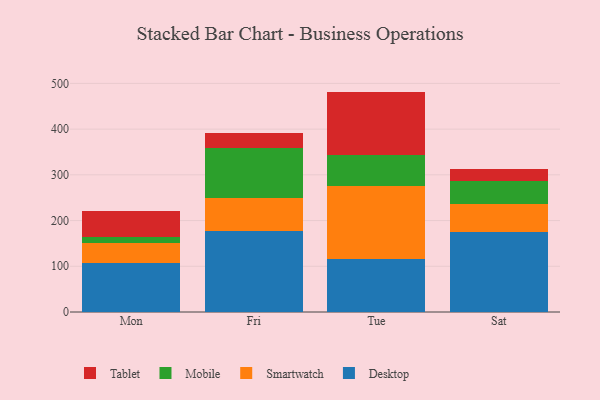
{"axis": {"x": "Day", "y": "Revenue (USD Million)"}, "legend": ["Desktop", "Mobile", "Smartwatch", "Tablet"], "data": [{"x": "Mon", "y": 108.0, "type": "Desktop"}, {"x": "Mon", "y": 43.2, "type": "Smartwatch"}, {"x": "Mon", "y": 13.7, "type": "Mobile"}, {"x": "Mon", "y": 56.8, "type": "Tablet"}, {"x": "Fri", "y": 176.4, "type": "Desktop"}, {"x": "Fri", "y": 72.5, "type": "Smartwatch"}, {"x": "Fri", "y": 109.4, "type": "Mobile"}, {"x": "Fri", "y": 33.5, "type": "Tablet"}, {"x": "Tue", "y": 116.3, "type": "Desktop"}, {"x": "Tue", "y": 158.8, "type": "Smartwatch"}, {"x": "Tue", "y": 68.3, "type": "Mobile"}, {"x": "Tue", "y": 138.7, "type": "Tablet"}, {"x": "Sat", "y": 175.5, "type": "Desktop"}, {"x": "Sat", "y": 61.0, "type": "Smartwatch"}, {"x": "Sat", "y": 50.7, "type": "Mobile"}, {"x": "Sat", "y": 26.0, "type": "Tablet"}]}